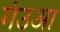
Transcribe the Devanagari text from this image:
गंउआ